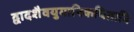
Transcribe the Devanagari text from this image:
द्वादशैवयुगानिकथितानि